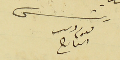
رئىس ىعوم دىب العارح